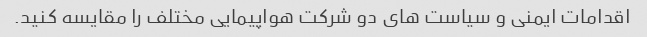
اقدامات ایمنی و سیاست های دو شرکت هواپیمایی مختلف را مقایسه کنید.